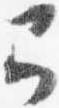
弓